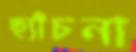
ছ্যাঁচনা